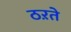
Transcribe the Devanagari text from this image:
ठऱते